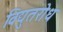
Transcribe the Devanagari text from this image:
विद्युतरोध